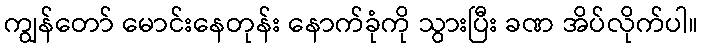
ကျွန်တော် မောင်းနေတုန်း နောက်ခုံကို သွားပြီး ခဏ အိပ်လိုက်ပါ။